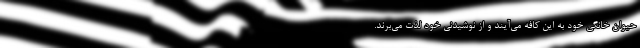
حیوان خانگی خود به این کافه می‌آیند و از نوشیدنی خود لذت می‌برند.